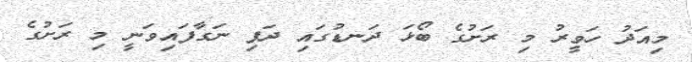
މިއަދު ހަވީރު މި ރަށުގެ ބޯޅަ ދަނޑުގައި ދަފި ނަގާފައިވަނީ މި ރަށުގެ